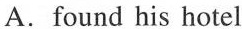
A.found his hotel